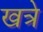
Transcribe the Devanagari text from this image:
खत्रे